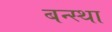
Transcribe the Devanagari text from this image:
बन्स्था